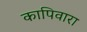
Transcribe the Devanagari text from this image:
कापिवारा